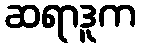
ဆရာဒူက